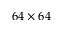
6 4 \times 6 4